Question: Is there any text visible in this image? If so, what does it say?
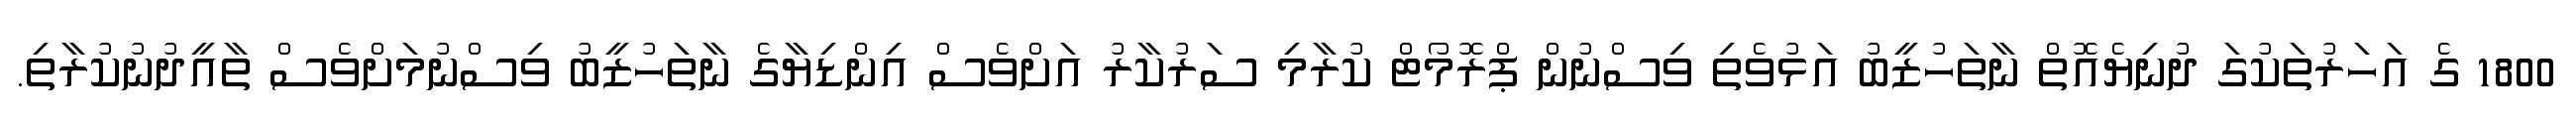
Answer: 1800 ގެ އަހަރުތަކުގަ ދުނިޔެއޮތް ނާތަހުޒީބު އަޅުވެތި ވިސްނުން ޕްރޮމޯޓް ކުރާމި ސަރުކާރު އަށްވެސް އިންޑިޔާގެ ނާތަހުޒީބު ވިސްނުމަށްވެސް ތާއީދުނުކުރާތި.